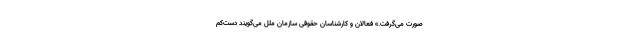
صورت می‌گرفت.» فعالان و کارشناسان حقوقی سازمان ملل می‌گویند دست‌کم